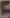
Text: 5